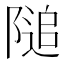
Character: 𨻡